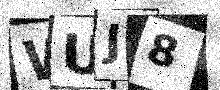
Text: WUJ8